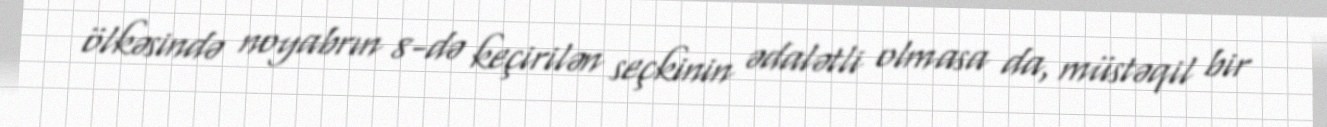
ölkəsində noyabrın 8-də keçirilən seçkinin ədalətli olmasa da, müstəqil bir